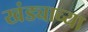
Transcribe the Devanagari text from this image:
खंड्याच्या